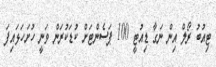
ޓިއުބު ރޯލް އިން ނަގާ ޑިއުޓީ 100 ޕަސެންޓަށް ކުޑަކުރަން ވަނީ ހުށަހަޅައިފަ